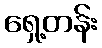
ရှေ့တန်း